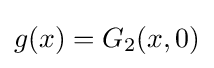
g(x)=G_{2}(x,0)